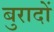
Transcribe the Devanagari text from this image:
बुरादों